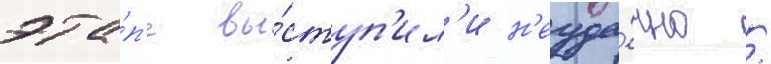
эта́п'е вы́ступ'ил'и н'еуда́чно /